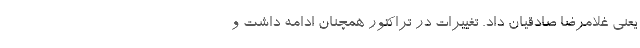
یعنی غلامرضا صادقیان داد. تغییرات در تراکتور همچنان ادامه داشت و